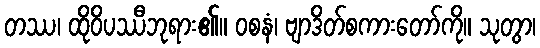
တဿ၊ ထိုဝိပဿီဘုရား၏။ ဝစနံ၊ ဗျာဒိတ်စကားတော်ကို။ သုတွာ၊